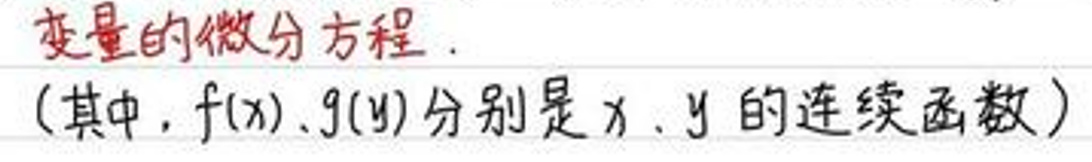
变量的微分方程.

(其中，\(f(x)\)、\(g(y)\)分别是\(x\)、\(y\)的连续函数)